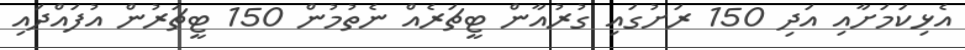
އެޅިކަމަށާއި އަދި 150 ރަށުގައި ގުރުއާން ޓީޗަރެއް ނެތުމުން 150 ޓީޗަރުން އުފައްދައި